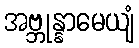
အဗ္ဘုန္နာမေယျံ